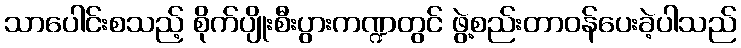
သာပေါင်းစသည့် စိုက်ပျိုးစီးပွားကဏ္ဍတွင် ဖွဲ့စည်းတာဝန်ပေးခဲ့ပါသည်